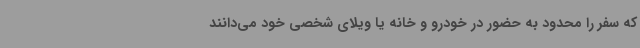
که سفر را محدود به حضور در خودرو و خانه یا ویلای شخصی خود می‌دانند